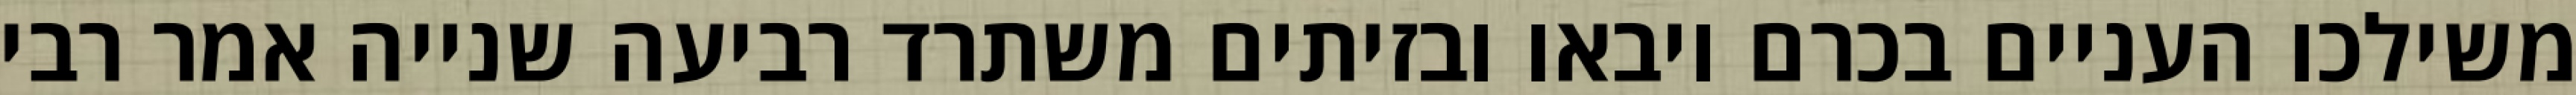
משילכו העניים בכרם ויבאו ובזיתים משתרד רביעה שנייה אמר רבי